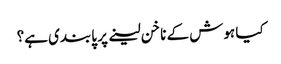
کیا ہوش کے ناخن لینے پر پابندی ہے؟